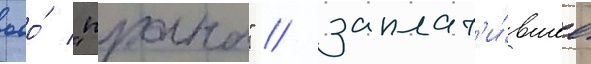
ооо́ "прана" / заплат'и́вшее